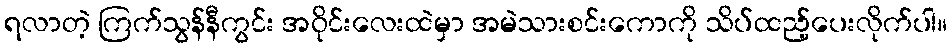
ရလာတဲ့ ကြက်သွန်နီကွင်း အဝိုင်းလေးထဲမှာ အမဲသားစင်းကောကို သိပ်ထည့်ပေးလိုက်ပါ။